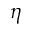
\eta